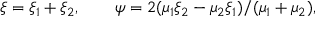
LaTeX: \xi = \xi _ { 1 } + \xi _ { 2 } , \qquad \psi = 2 ( \mu _ { 1 } \xi _ { 2 } - \mu _ { 2 } \xi _ { 1 } ) / ( \mu _ { 1 } + \mu _ { 2 } ) ,